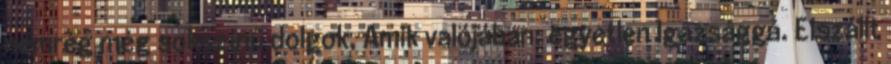
nemrég még sokszínű dolgok, Amik valójában: egyetlen Igazsággá. Elszállt